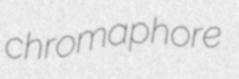
chromaphore